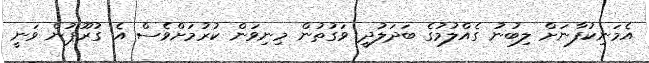
އެމަނިކުފާނަށް ލިބުނު ގެއްލުމުގެ ބަދަލުދީ ވަގުތުން މިނިވަން ކުރުމަށްވެސް އެ ގުރޫޕުން ވަނީ